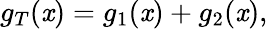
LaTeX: g_{T}(\mathit{x})=g_{1}(\mathit{x})+g_{2}(\mathit{x}),